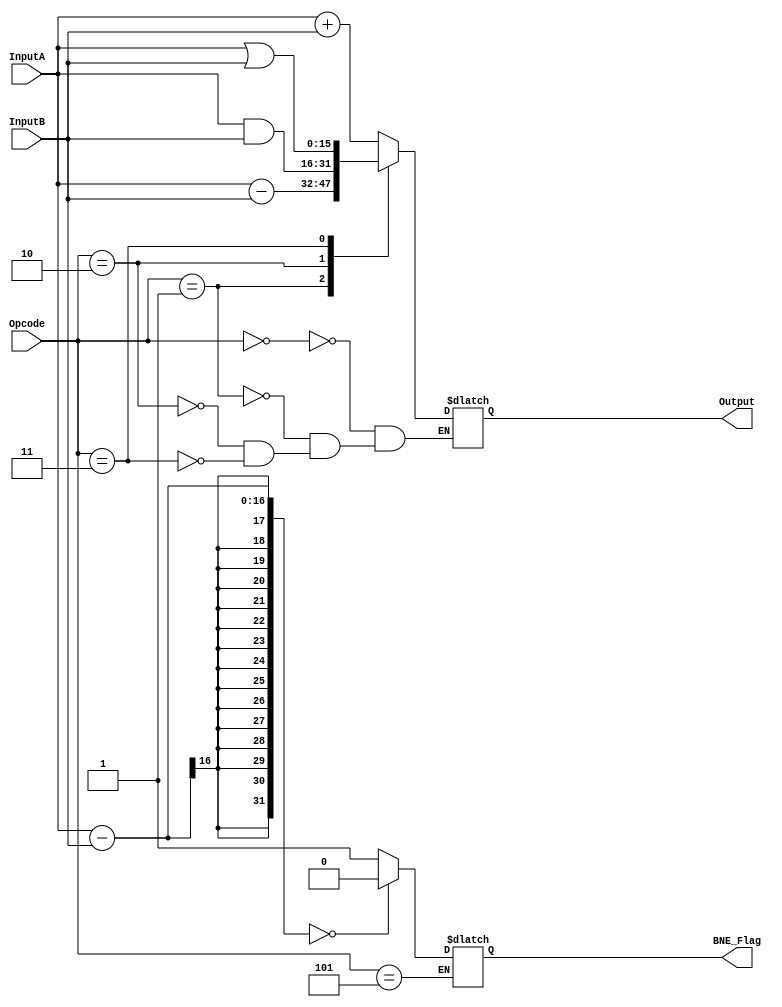
`timescale 1ns / 1ps
//////////////////////////////////////////////////////////////////////////////////
// Company: 
// Engineer: 
// 
// Design Name: 
// Module Name: ALU
// Project Name: 
// Target Devices: 
// Tool Versions: 
// Description: 
// 
// Dependencies: 
// 
// Revision:
// Revision 0.01 - File Created
// Additional Comments:
// 
//////////////////////////////////////////////////////////////////////////////////


module ALU(Opcode,InputA,InputB,BNE_Flag,Output);
    input [2:0] Opcode;
    input [15:0] InputA,InputB;
    output reg BNE_Flag;
    output reg [15:0] Output;
    
    always @(InputA or InputB or Opcode)
    begin
        case (Opcode)
            // Add
            0 : Output = InputA + InputB;
            // Subtract
            1 : Output = InputA - InputB;
            // Bitwise And
            2 : Output = InputA & InputB;
            // Bitwise Or
            3 : Output = InputA | InputB;
            //4 : 
            // BNE Flag
            5 : 
            begin
                if (InputA - InputB == 0) BNE_Flag = 0;
                else BNE_Flag = 1;
            end
            //6 : 
            //7 :
            //default :
        endcase
    end
endmodule